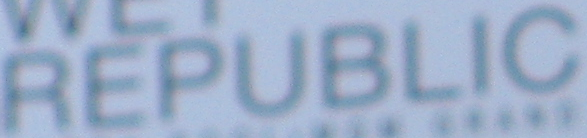
REPUBLIC